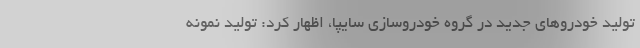
تولید خودروهای جدید در گروه خودروسازی سایپا، اظهار کرد: تولید نمونه